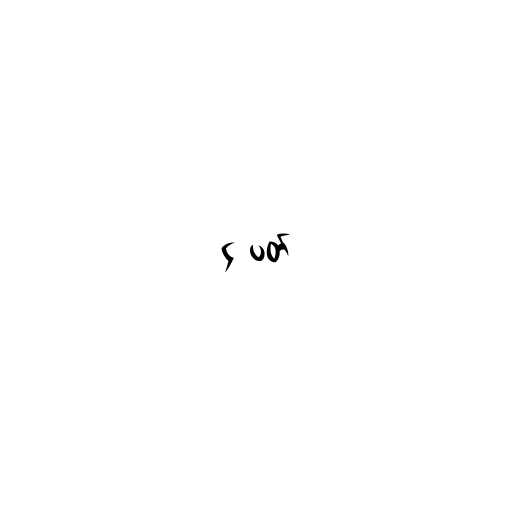
၄ ပတ်